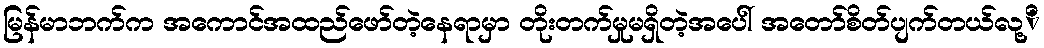
မြန်မာဘက်က အကောင်အထည်ဖော်တဲ့နေရာမှာ တိုးတက်မှုမရှိတဲ့အပေါ် အတော်စိတ်ပျက်တယ်လု့ိ